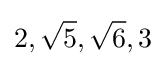
2,{\sqrt {5}},{\sqrt {6}},3